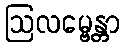
ဩလမ္ဗေန္တာ